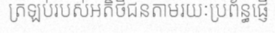
ត្រឡប់របស់អតិថិជនតាមរយៈប្រព័ន្ធផ្ញើ